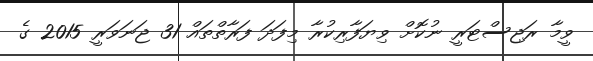
ވީމާ ރަޖިސްޓަރީ ނުކޮށް ވިޔަފާރިކުރާ މިފަދަ ފަރާތްތައް 31 ޖަނަވަރީ 2015 ގެ